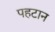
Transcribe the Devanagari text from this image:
पहटान